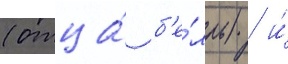
(отца́ б'е́лль) / и́